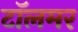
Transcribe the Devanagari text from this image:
टॉलमर